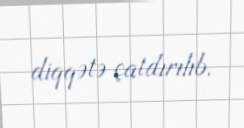
diqqətə çatdırılıb.